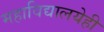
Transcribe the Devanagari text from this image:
महाविद्यालयेही